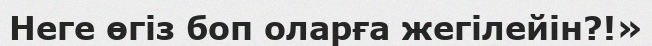
Неге өгіз боп оларға жегілейін?!»